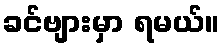
ခင်ဗျားမှာ ရမယ်။